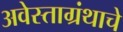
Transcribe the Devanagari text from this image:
अवेस्ताग्रंथाचे